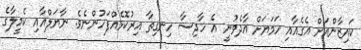
ކައިޒާންއަށް އެގެއާއި ހަމަޔަށް އާދެވުނީ އެ ހާދިސާ ހިނގިތާ އިރުކޮޅެއްފަހުންނެވެ. ނާޔަލްއާއި ކެމީލާގެ